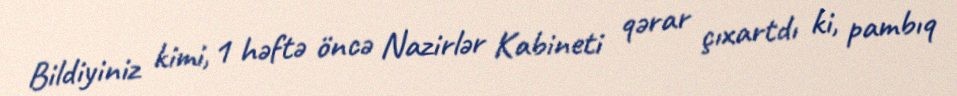
Bildiyiniz kimi, 1 həftə öncə Nazirlər Kabineti qərar çıxartdı ki, pambıq